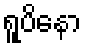
ရူပိနော